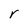
Character: r